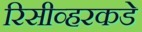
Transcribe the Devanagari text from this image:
रिसीव्हरकडे